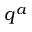
q ^ { a }